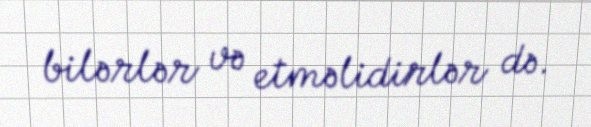
bilərlər və etməlidirlər də.